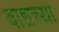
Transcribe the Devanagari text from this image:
बांधच्या